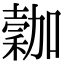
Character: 𥡮